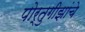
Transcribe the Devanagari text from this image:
पोर्तुगीझांचे